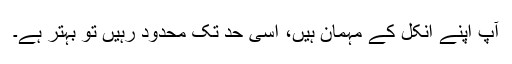
آپ اپنے انکل کے مہمان ہیں، اسی حد تک محدود رہیں تو بہتر ہے۔